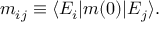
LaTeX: m _ { i j } \equiv \langle E _ { i } | m ( 0 ) | E _ { j } \rangle .